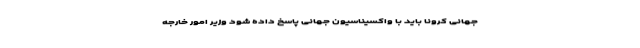
جهانی کرونا باید با واکسیناسیون جهانی پاسخ داده شود وزیر امور خارجه